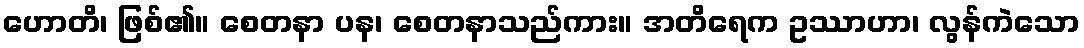
ဟောတိ၊ ဖြစ်၏။ စေတနာ ပန၊ စေတနာသည်ကား။ အတိရေက ဥဿာဟာ၊ လွန်ကဲသော